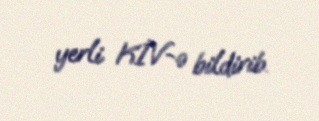
yerli KİV-ə bildirib.